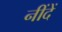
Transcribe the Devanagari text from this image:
नींदें